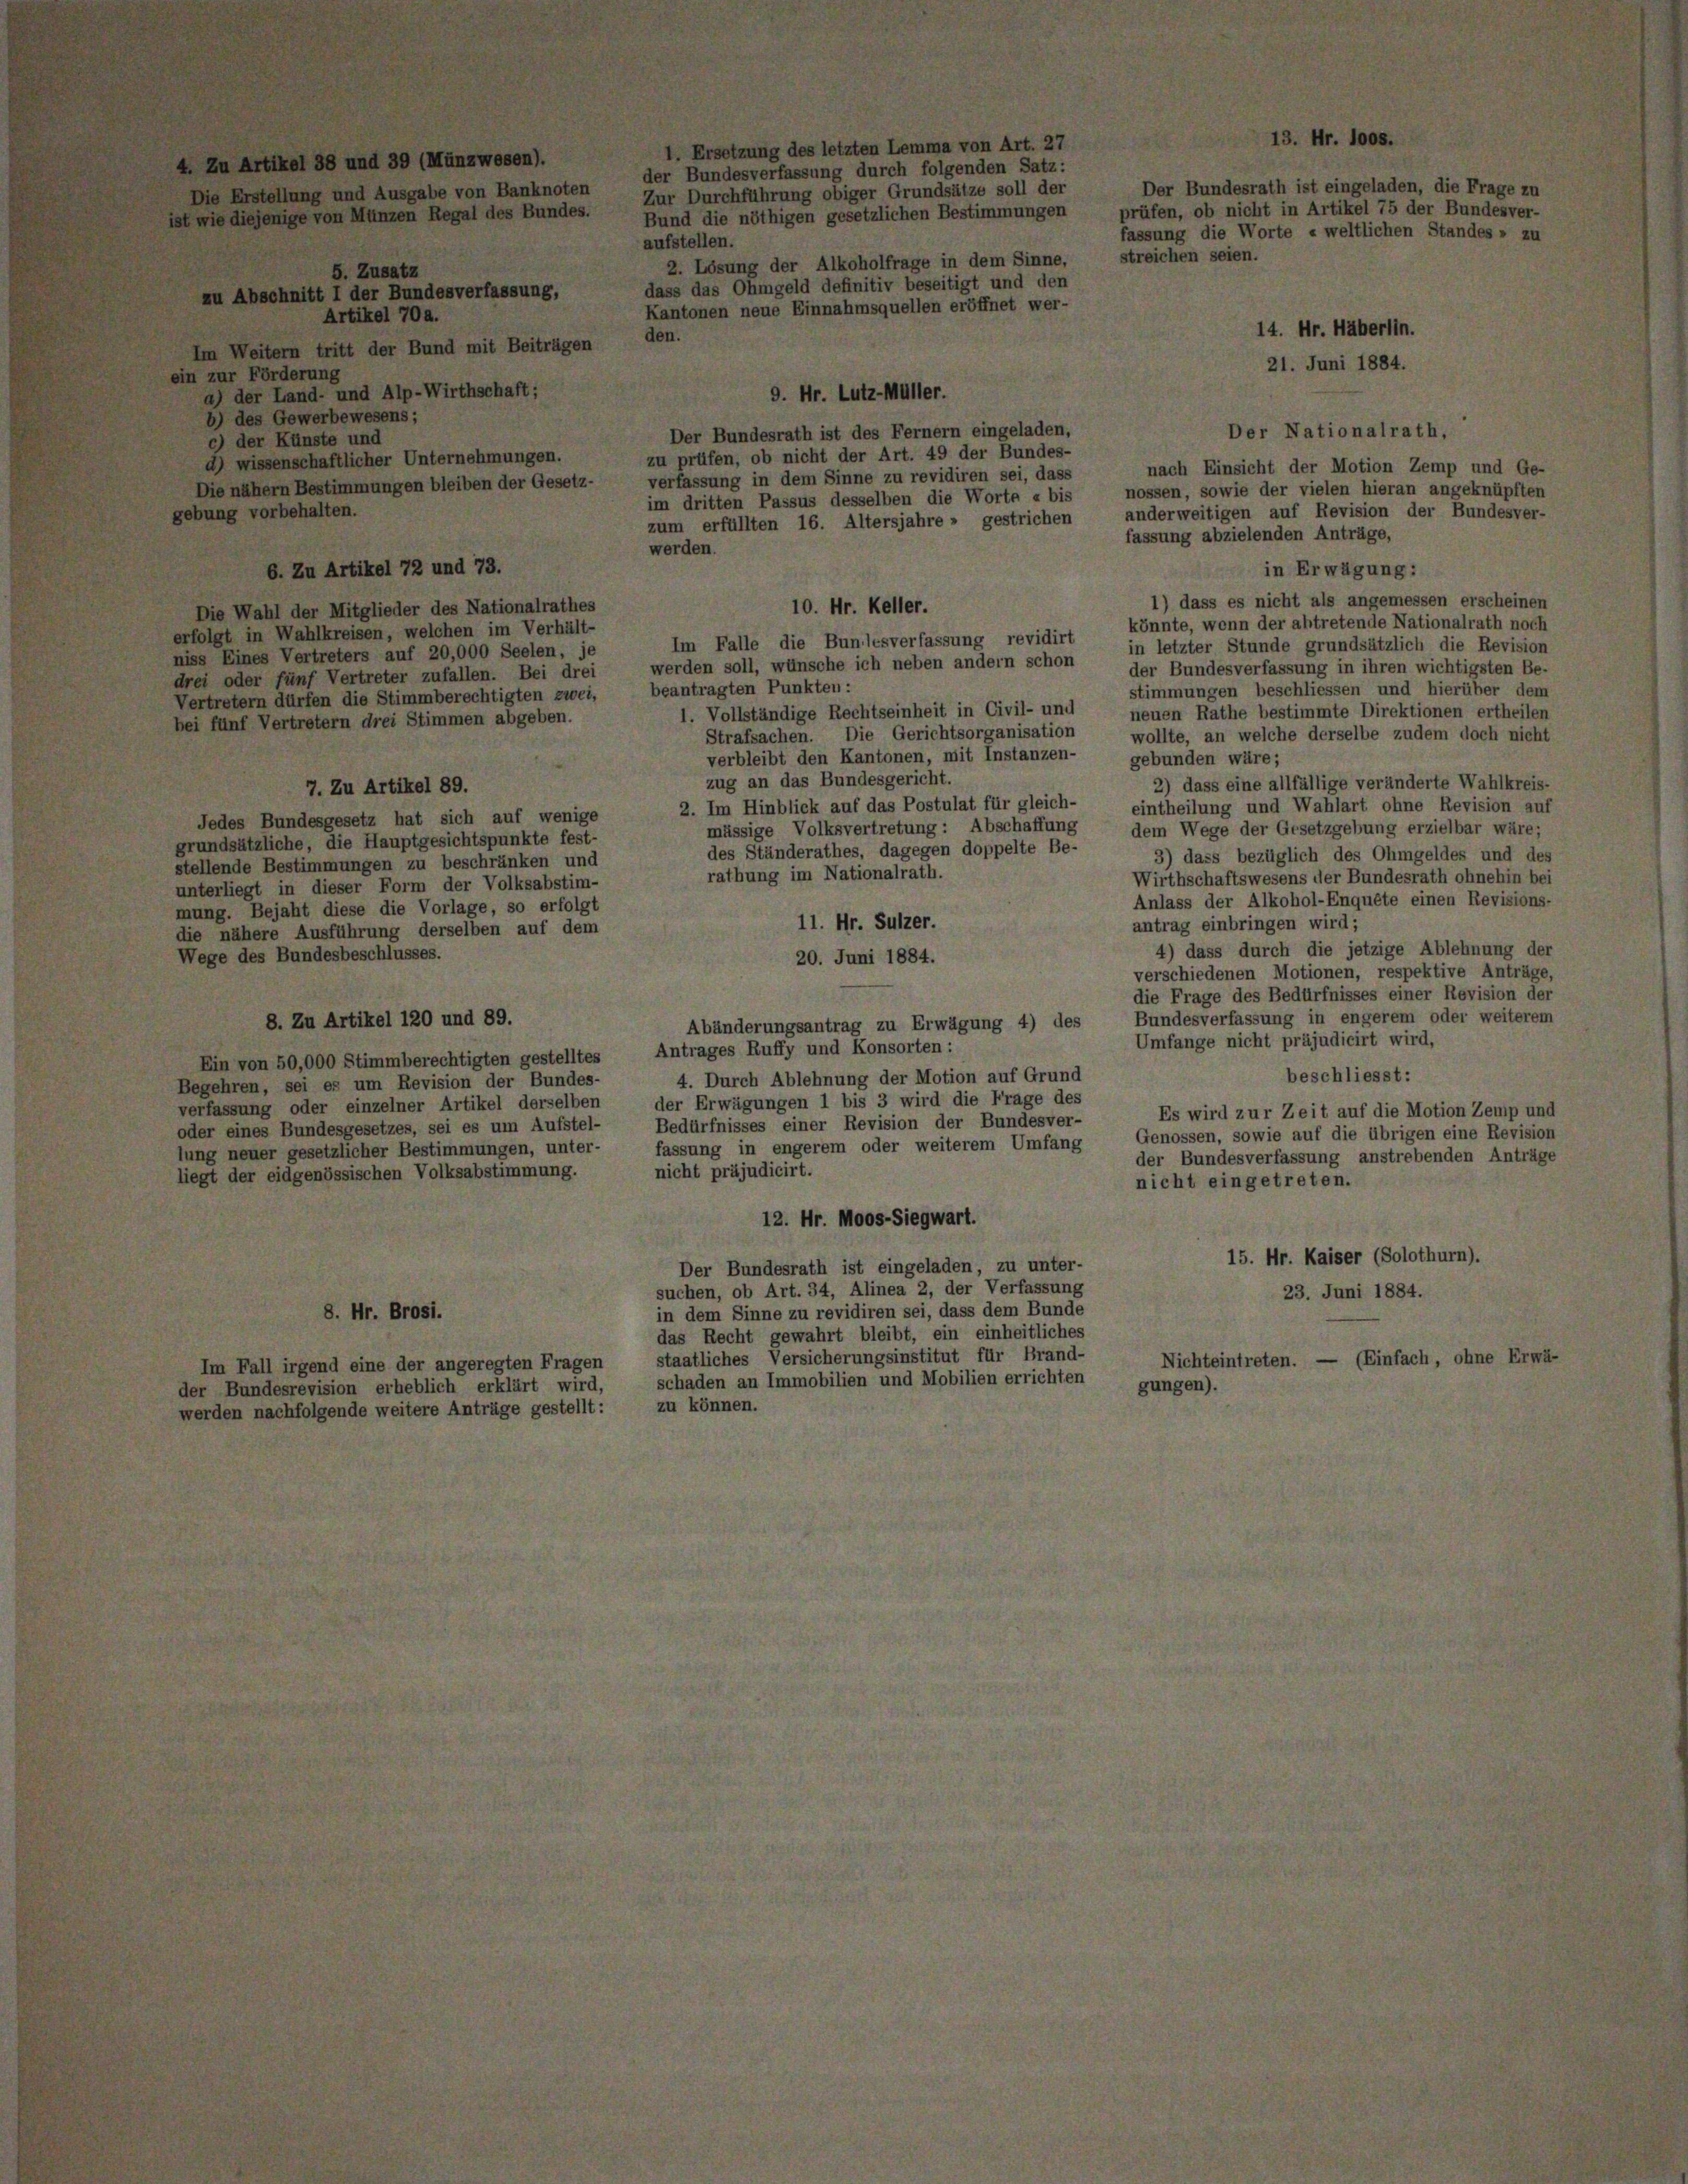
on 50,000 Stimmberechtigten ge
a, sei es um Revision der B
ng oder einzelner Artikel de
es Bundesgesetzes, sei es um
der gesetzlicher Bestimmungen,
ischen Volksabstimn

8.

t

eantragten Punkten:

ist des Ferner eing
ht der Art. 49 der E
1 Sinne zu revidiren se
s desselben die Wort

en

¬

in 8

on

1. Vollständige Rechtseinheit in Civil- und
Strafsachen. Die Gerichtsorganisation
verbleibt den Kantonen, mit Instanzen-
zug an das Bundesgericht.
2. Im Hinblick auf das Postulat für gleich-
mässige Volksvertretung: Abschaffung
des Ständerathes, dagegen doppelte Be-
rathung im Nationalrath.
11. Hr. Sulzer.
20. Juni 1884.
Abänderungsantrag zu Erwägung 4) des
Antrages Ruffy und Konsorten:
4. Durch Ablehnung der Motion auf Grund
ler Erwägungen 1 bis 3 wird die Frage des
Bedürfnisses einer Revision der Bundesver-
fassung in engerem oder weiterem Umfang
richt präjudicirt.
12. Hr. Moos-Siegwart.
Der Bundesrath ist eingeladen, zu unter-
suchen, ob Art. 34, Alinea 2, der Verfassung
in dem Sinne zu revidiren sei, dass dem Bunde
das Recht gewahrt bleibt, ein einheitliches
staatliches Versicherungsinstitut für Brand-
schaden an Immobilien und Mobilien errichten

ossen, sowie der vielen hieran angeknüpften
nderweitigen auf Revision der Bundesver-
assung abzielenden Anträge,
in Erwägung:
1) dass es nicht als angemessen erscheinen
könnte, wonn der abtretende Nationalrath noch
in letzter Stunde grundsätzlich die Revision
der Bundesverfassung in ihren wichtigsten Be-
stimmungen beschliessen und hierüber dem
neuen Rathe bestimmte Direktionen ertheilen
wollte, an welche derselbe zudem doch nicht
gebunden wäre;
2) dass eine allfällige veränderte Wahlkreis-
eintheilung und Wahlart ohne Revision auf
lem Wege der Gesetzgebung erzielbar wäre;
3) dass bezüglich des Ohmgeldes und des
Wirthschaftswesens der Bundesrath ohnehm bei
Anlass der Alkohol-Enquête einen Revisions-
antrag einbringen wird;
4) dass durch die jetzige Ablehnung der
verschiedenen Motionen, respektive Anträge,
die Frage des Bedürfnisses einer Revision der
Bundesverfassung in engerem oder weiterem
Umfange nicht präjudicirt wird,
beschliesst:
Es wird zur Zeit auf die Motion Zemp und
Genossen, sowie auf die übrigen eine Revision
der Bundesverfassung anstrebenden Anträge
nicht eingetreten.
15. Hr. Kaiser (Solothurn).

rat)

Ze

p